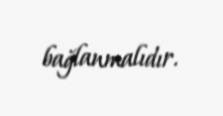
bağlanmalıdır.